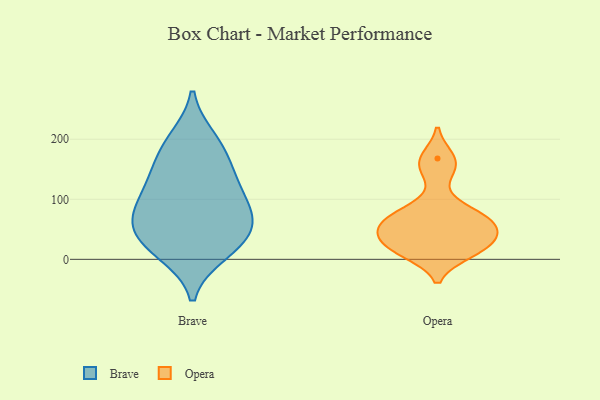
{"axis": {"x": "Population (Million)", "y": "Value"}, "legend": ["Brave", "Opera"], "data": [{"x": "", "y": 96, "type": "Brave"}, {"x": "", "y": 156, "type": "Brave"}, {"x": "", "y": 30, "type": "Brave"}, {"x": "", "y": 11, "type": "Brave"}, {"x": "", "y": 200, "type": "Brave"}, {"x": "", "y": 74, "type": "Brave"}, {"x": "", "y": 189, "type": "Brave"}, {"x": "", "y": 136, "type": "Brave"}, {"x": "", "y": 19, "type": "Brave"}, {"x": "", "y": 121, "type": "Brave"}, {"x": "", "y": 55, "type": "Brave"}, {"x": "", "y": 79, "type": "Brave"}, {"x": "", "y": 53, "type": "Brave"}, {"x": "", "y": 59, "type": "Opera"}, {"x": "", "y": 68, "type": "Opera"}, {"x": "", "y": 65, "type": "Opera"}, {"x": "", "y": 12, "type": "Opera"}, {"x": "", "y": 81, "type": "Opera"}, {"x": "", "y": 151, "type": "Opera"}, {"x": "", "y": 22, "type": "Opera"}, {"x": "", "y": 17, "type": "Opera"}, {"x": "", "y": 35, "type": "Opera"}, {"x": "", "y": 44, "type": "Opera"}, {"x": "", "y": 168, "type": "Opera"}]}